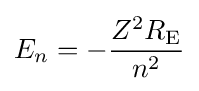
E_{n}=-{\frac {Z^{2}R_{\mathrm {E} }}{n^{2}}}